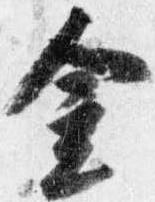
金